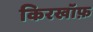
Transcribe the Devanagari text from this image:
किरखॉफ़